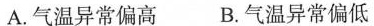
A.气温异常偏高 B.气温异常偏低